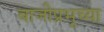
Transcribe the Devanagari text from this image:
बाजीप्रभूच्या